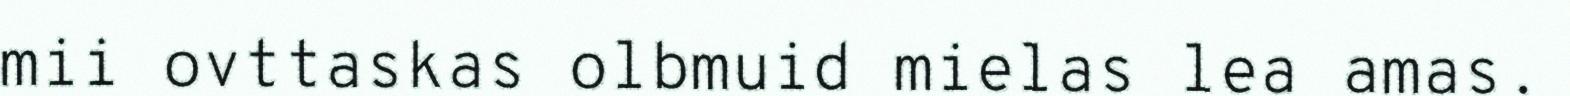
mii ovttaskas olbmuid mielas lea amas.